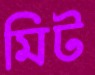
মিট